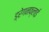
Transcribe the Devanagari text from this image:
ड्रेगनफ्लाई